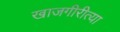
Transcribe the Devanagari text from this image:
खाजगीरीत्या